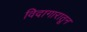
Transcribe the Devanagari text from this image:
विदागारातून